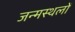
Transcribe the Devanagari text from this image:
जन्मस्थलों